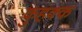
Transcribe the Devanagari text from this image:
कुहक्क